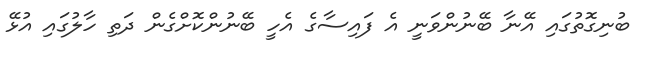
ބުނިގޮތުގައި އޭނާ ބޭނުންވަނީ އެ ފައިސާގެ އެހީ ބޭނުންކޮށްގެން ދަތި ހާލުގައި އުޅޭ